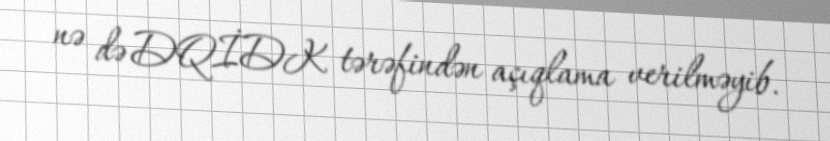
nə də DQİDK tərəfindən açıqlama verilməyib.